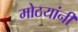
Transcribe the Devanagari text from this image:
मोठयांनीं